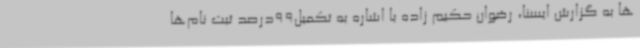
ها به گزارش ایسنا، رضوان حکیم زاده با اشاره به تکمیل99درصد ثبت نام‌ها